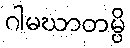
ဂါမဃာတမ္ပိ